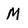
Character: M